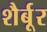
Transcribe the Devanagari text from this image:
शैर्बूर